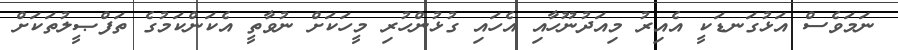
ނަމަވެސް އަޅުގަނޑަކީ އެއިރު މިއަދުނޫހާއި އެހައި ގުޅުންހުރި މީހަކަށް ނުވާތީ އެކަންކަމުގެ ތަފްޞީލުތަކަށް